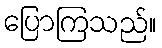
ပြောကြသည်။